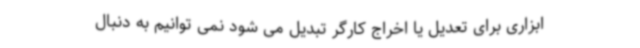
ابزاری برای تعدیل یا اخراج کارگر تبدیل می شود نمی توانیم به دنبال